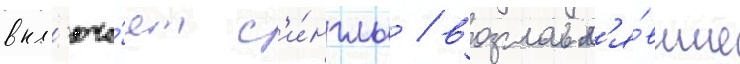
вкл'юча́ет с'и́нглы / возглавл'я́вшие